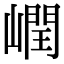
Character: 㠈